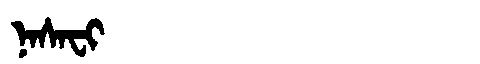
Manchu: ᠨᠠᠰᠠᠸᡳ
Romanization: NASAFI